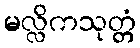
မလ္လိကသုတ္တံ